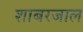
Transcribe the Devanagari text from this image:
शाबरजाल